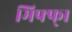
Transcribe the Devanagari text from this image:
मिफ्फ्।